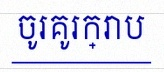
ចូរគូរក្រាប